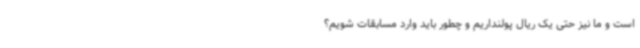
است و ما نیز حتی یک ریال پولنداریم و چطور باید وارد مسابقات شویم؟